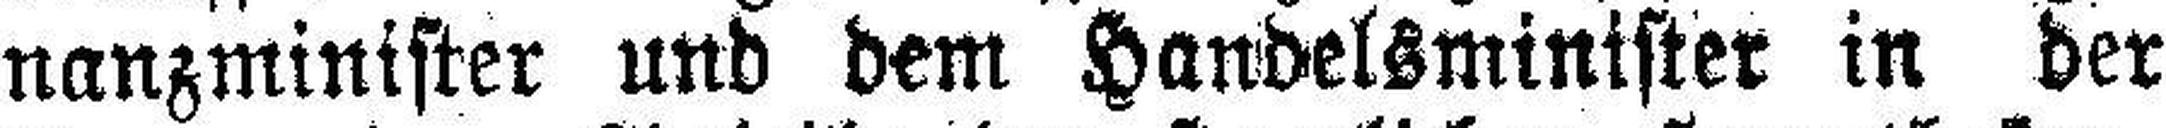
nanzminister und dem Handelsminister in der